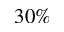
3 0 \%